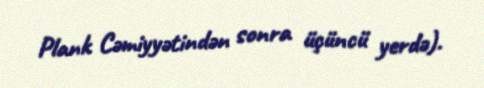
Plank Cəmiyyətindən sonra üçüncü yerdə).